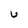
Character: U